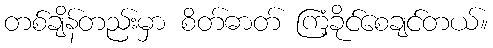
တစ်ချိန်တည်းမှာ စိတ်ဓာတ် ကြံ့ခိုင်စေချင်တယ်။